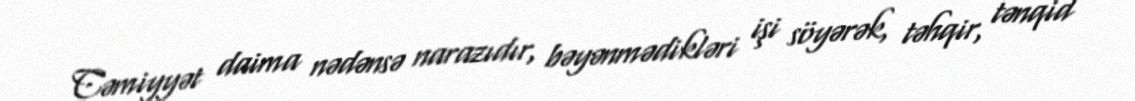
Cəmiyyət daima nədənsə narazıdır, bəyənmədikləri işi söyərək, təhqir, tənqid